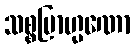
သစ္စဗြာဟ္မဏော